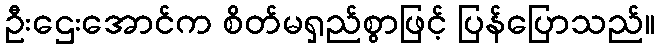
ဦးဌေးအောင်က စိတ်မရှည်စွာဖြင့် ပြန်ပြောသည်။